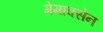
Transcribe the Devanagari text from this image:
गेमाक्सेन